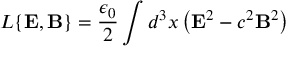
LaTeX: L \{ { \bf E } , { \bf B } \} = \frac { \epsilon _ { 0 } } { 2 } \int d ^ { 3 } x \left( { \bf E } ^ { 2 } - c ^ { 2 } { \bf B } ^ { 2 } \right)